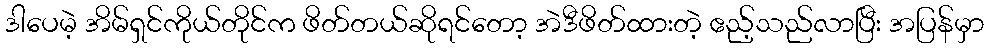
ဒါပေမဲ့ အိမ်ရှင်ကိုယ်တိုင်က ဖိတ်တယ်ဆိုရင်တော့ အဲဒီဖိတ်ထားတဲ့ ဧည့်သည်လာပြီး အပြန်မှာ